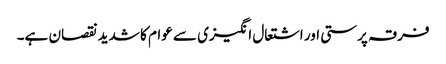
فرقہ پرستی اور اشتعال انگیزی سے عوام کا شدید نقصان ہے۔